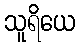
သူရိယေ